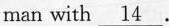
man with \underline{14}.